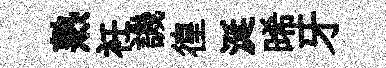
熟衽譏徨涎晞牙